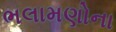
ભલામણોના